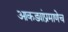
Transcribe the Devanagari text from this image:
आकड्यांप्रमाणेच